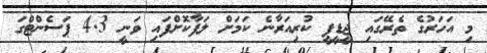
މި އަހަރުގެ ތެރޭގައި ޖީޑީޕީ ކުރިއަރާނެ ކަމަށް ލަފާކޮށްފައި ވަނީ 4.3 ޕަސެންޓްގަ